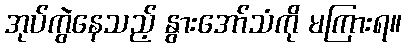
အုပ်ကွဲနေသည့် နွားအော်သံကို မကြားရ။